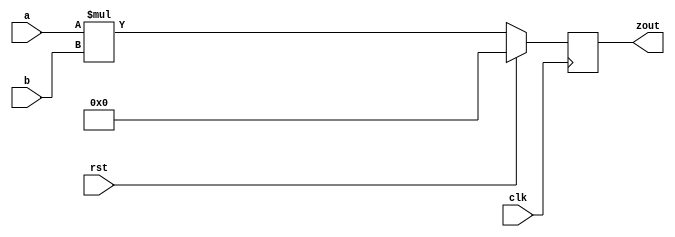
module multiplier_module(clk, a, b, rst, zout);

	input clk, rst;
	input [7:0] a, b;
	output wire [7:0] zout;	 
	reg [15:0] p;
	
	assign zout[7:0] = p[7:0];
	
	always@(posedge clk)
	begin
		if (rst ==1)
		begin
			p <= 0;
		end
		else
		begin
			p <= a*b;
		end
	end

endmodule